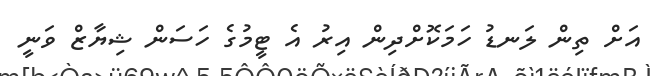
އަށް ތިން ލަނޑު ހަމަކޮށްދިން އިރު އެ ޓީމުގެ ހަސަން ޝިޔާޒް ވަނީ